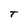
Character: T